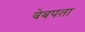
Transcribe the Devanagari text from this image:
वेबपता